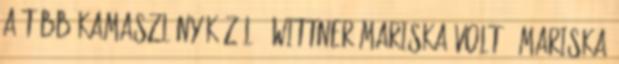
a több kamaszlány közül – Wittner Mariska volt.” mariska